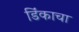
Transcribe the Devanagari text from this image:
डिंकाचा